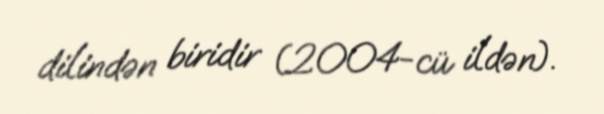
dilindən biridir (2004-cü ildən).